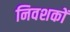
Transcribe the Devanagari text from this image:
निवशकों